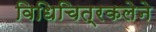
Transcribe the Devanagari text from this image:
विधिचित्रकलेने